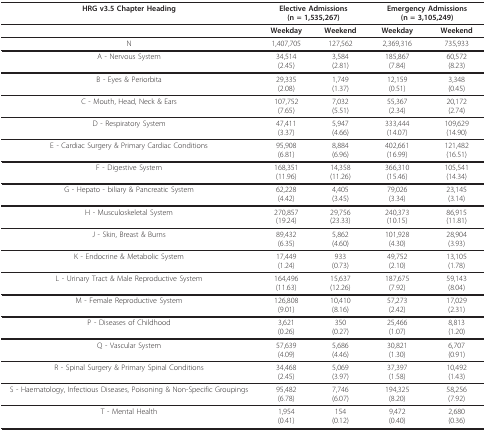
<table><thead><tr><td><b>HRG v3.5 Chapter Heading</b></td><td colspan="2"><b>Elective Admissions(n = 1,535,267)</b></td><td colspan="2"><b>Emergency Admissions(n = 3,105,249)</b></td></tr></thead><tbody><tr><td></td><td><b>Weekday</b></td><td><b>Weekend</b></td><td><b>Weekday</b></td><td><b>Weekend</b></td></tr><tr><td>N</td><td>1,407,705</td><td>127,562</td><td>2,369,316</td><td>735,933</td></tr><tr><td>A - Nervous System</td><td>34,514(2.45)</td><td>3,584(2.81)</td><td>185,867(7.84)</td><td>60,572(8.23)</td></tr><tr><td>B - Eyes &amp; Periorbita</td><td>29,335(2.08)</td><td>1,749(1.37)</td><td>12,159(0.51)</td><td>3,348(0.45)</td></tr><tr><td>C - Mouth, Head, Neck &amp; Ears</td><td>107,752(7.65)</td><td>7,032(5.51)</td><td>55,367(2.34)</td><td>20,172(2.74)</td></tr><tr><td>D - Respiratory System</td><td>47,411(3.37)</td><td>5,947(4.66)</td><td>333,444(14.07)</td><td>109,629(14.90)</td></tr><tr><td>E - Cardiac Surgery &amp; Primary Cardiac Conditions</td><td>95,908(6.81)</td><td>8,884(6.96)</td><td>402,661(16.99)</td><td>121,482(16.51)</td></tr><tr><td>F - Digestive System</td><td>168,351(11.96)</td><td>14,358(11.26)</td><td>366,310(15.46)</td><td>105,541(14.34)</td></tr><tr><td>G - Hepato - biliary &amp; Pancreatic System</td><td>62,228(4.42)</td><td>4,405(3.45)</td><td>79,026(3.34)</td><td>23,145(3.14)</td></tr><tr><td>H - Musculoskeletal System</td><td>270,857(19.24)</td><td>29,756(23.33)</td><td>240,373(10.15)</td><td>86,915(11.81)</td></tr><tr><td>J - Skin, Breast &amp; Burns</td><td>89,432(6.35)</td><td>5,862(4.60)</td><td>101,928(4.30)</td><td>28,904(3.93)</td></tr><tr><td>K - Endocrine &amp; Metabolic System</td><td>17,449(1.24)</td><td>933(0.73)</td><td>49,752(2.10)</td><td>13,105(1.78)</td></tr><tr><td>L - Urinary Tract &amp; Male Reproductive System</td><td>164,496(11.63)</td><td>15,637(12.26)</td><td>187,675(7.92)</td><td>59,143(8.04)</td></tr><tr><td>M - Female Reproductive System</td><td>126,808(9.01)</td><td>10,410(8.16)</td><td>57,273(2.42)</td><td>17,029(2.31)</td></tr><tr><td>P - Diseases of Childhood</td><td>3,621(0.26)</td><td>350(0.27)</td><td>25,466(1.07)</td><td>8,813(1.20)</td></tr><tr><td>Q - Vascular System</td><td>57,639(4.09)</td><td>5,686(4.46)</td><td>30,821(1.30)</td><td>6,707(0.91)</td></tr><tr><td>R - Spinal Surgery &amp; Primary Spinal Conditions</td><td>34,468(2.45)</td><td>5,069(3.97)</td><td>37,397(1.58)</td><td>10,492(1.43)</td></tr><tr><td>S - Haematology, Infectious Diseases, Poisoning &amp; Non-Specific Groupings</td><td>95,482(6.78)</td><td>7,746(6.07)</td><td>194,325(8.20)</td><td>58,256(7.92)</td></tr><tr><td>T - Mental Health</td><td>1,954(0.41)</td><td>154(0.12)</td><td>9,472(0.40)</td><td>2,680(0.36)</td></tr></tbody></table>